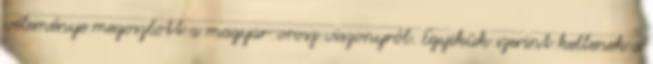
véleménye megoszlott a magyar-orosz viszonyról. Egyikük szerint kellenek a